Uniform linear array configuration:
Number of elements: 32
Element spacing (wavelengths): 0.75
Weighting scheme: exponential
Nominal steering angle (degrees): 60
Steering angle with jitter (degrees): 61.998
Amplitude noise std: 0.05
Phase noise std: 0.05

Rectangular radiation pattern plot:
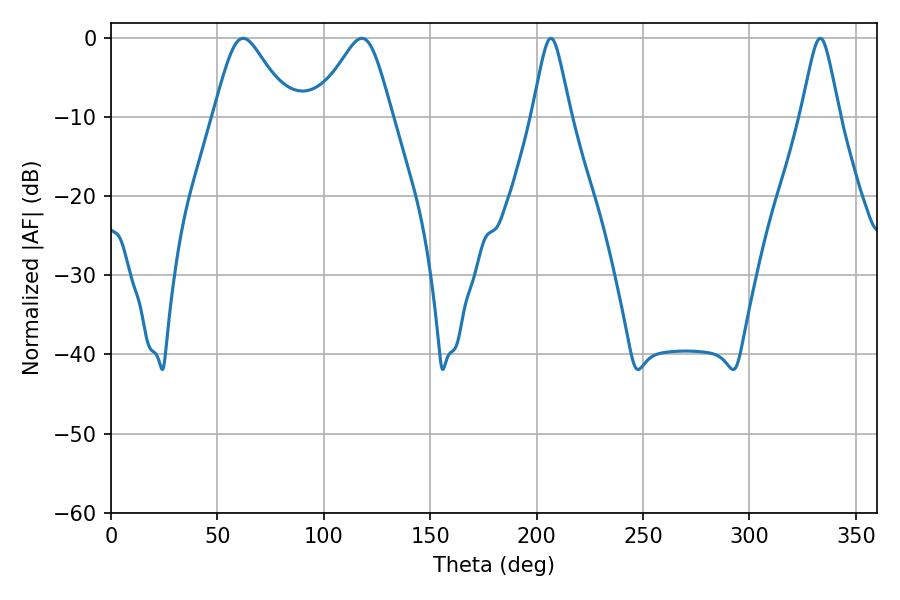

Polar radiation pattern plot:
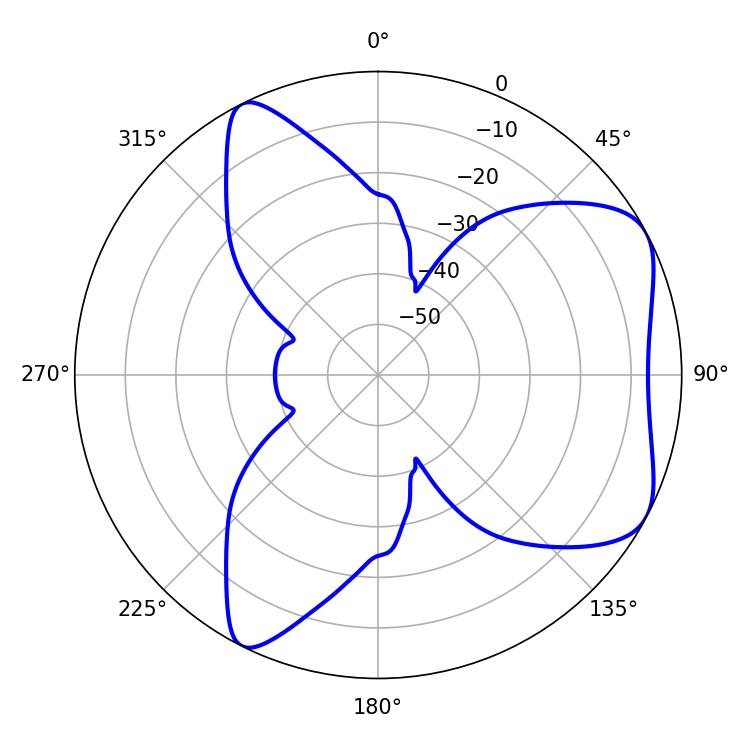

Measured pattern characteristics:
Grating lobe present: TRUE
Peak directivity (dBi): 5.948
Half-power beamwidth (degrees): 17.28
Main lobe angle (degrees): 62.1